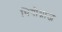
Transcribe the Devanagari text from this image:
थियोग्नाज